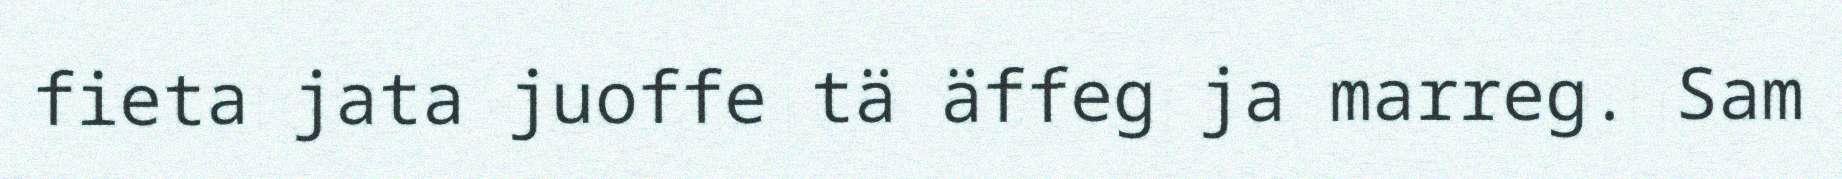
fieta jata juoffe tä äffeg ja marreg. Sam